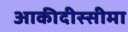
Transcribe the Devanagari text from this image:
आकीदीस्सीमा